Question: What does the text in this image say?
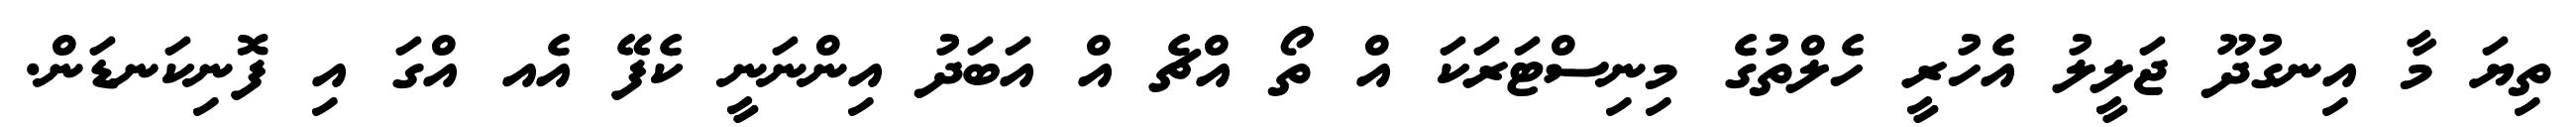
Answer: ތިޔަ މާ އިނގުދޫ ޖަލީލު އެހުރީ ހެލްތުގެ މިނިސްޓަރަކަ އް ތޯ އްޗެ އް އަބަދު އިންނަނީ ކެފޭ އެއ އްގަ އި ފޮނިކަނޑަން.